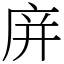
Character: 庰